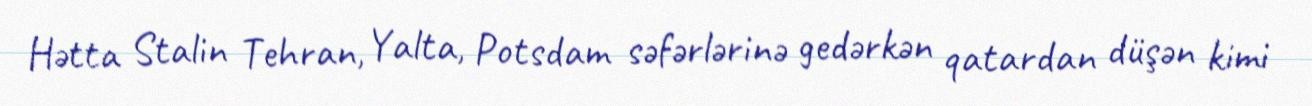
Hətta Stalin Tehran, Yalta, Potsdam səfərlərinə gedərkən qatardan düşən kimi